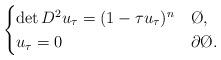
LaTeX: \begin{align*}\begin{cases}\det D^2u_{\tau} = (1 - \tau u_{\tau})^n & \O,\\u_{\tau} = 0 & \partial \O.\end{cases}\end{align*}